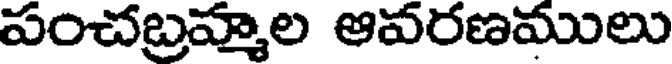
పంచబ్రహ్మల ఆవరణములు